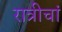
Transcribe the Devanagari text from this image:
रात्रीचां